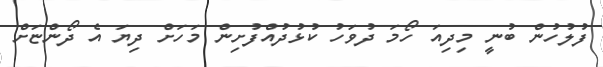
ފުލުހުން ބުނީ މިދިއަ ހޯމަ ދުވަހު ކުޅުދުއްފުށިން މަހަށް ދިޔަ އެ ދޯންޏަށް